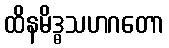
ထိနမိဒ္ဓသဟဂတော